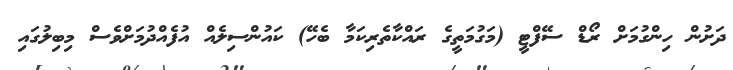
ދަށުން ހިންގުމަށް ރޯޑް ސޭފްޓީ (މަގުމަތީގެ ރައްކާތެރިކަމާ ބެހޭ) ކައުންސިލެއް އުފެއްދުމަށްވެސް މިބިލުގައި